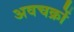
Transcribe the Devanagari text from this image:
अवचक्रों